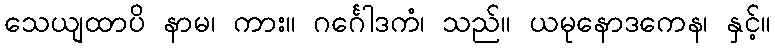
သေယျထာပိ နာမ၊ ကား။ ဂင်္ဂေါဒကံ၊ သည်။ ယမုနောဒကေန၊ နှင့်။